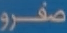
صفرو